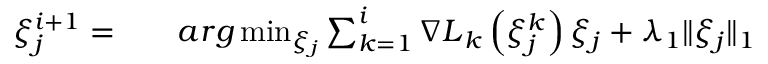
\begin{array} { r l r } { \xi _ { j } ^ { i + 1 } = } & { { } } & { a r g \operatorname* { m i n } _ { \xi _ { j } } \sum _ { k = 1 } ^ { i } { \nabla L } _ { k } \left( \xi _ { j } ^ { k } \right) \xi _ { j } + \lambda _ { 1 } \| \xi _ { j } \| _ { 1 } } \end{array}